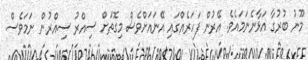
މޫނު ބުރުގާ އަޅާނެނަމައެވެ. އޭރުން ފަހަރެއްގައި އޭނައަށްވެސް މިގޮތަށް ސިއްރު ސިއްރުން ނަމަވެސް